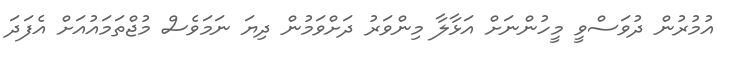
އުމުރުން ދުވަސްވީ މީހުންނަށް އަޅާލާ މިންވަރު ދަށްވަމުން ދިޔަ ނަމަވެސް މުޖްތަމައުއަށް އެފަދަ